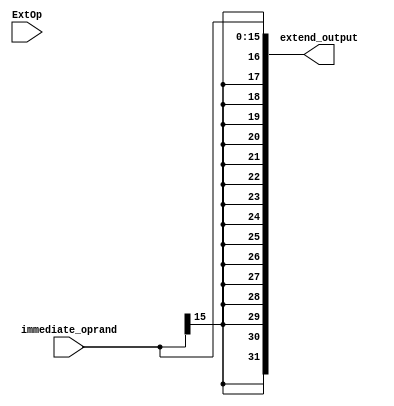
`timescale 1ns / 1ps
//////////////////////////////////////////////////////////////////////////////////
// Company: 
// Engineer: 
// 
// Design Name: 
// Module Name: extender
// Project Name: 
// Target Devices: 
// Tool Versions: 
// Description: 
// 
// Dependencies: 
// 
// Revision:
// Revision 0.01 - File Created
// Additional Comments:
// when teh extop is 1, using the sign to padding 
//////////////////////////////////////////////////////////////////////////////////


// module extender(
//     immediate_oprand,
//     ExtOp,
//     extend_output
//     );
//     input [15:0]immediate_oprand;
//     input ExtOp;
//     wire [31:0]extend_immediate;
//     output [31:0] extend_output;
//     wire padding;
//     assign extend_immediate[15:0]=immediate_oprand;
//     assign extend_immediate[31:16]={16{padding}};
// and_gate and1(immediate_oprand[15],ExtOp,padding);
// alu_sll add_four(.a(extend_immediate),.b(32'h4),.out(extend_output));
// endmodule

module extender(
    immediate_oprand,
    ExtOp,
    extend_output
    );
    input [15:0]immediate_oprand;
    input ExtOp;
    // wire [31:0]extend_immediate;
    output [31:0] extend_output;
    wire padding;
    assign extend_output[15:0]=immediate_oprand;
    assign extend_output[31:16]={16{immediate_oprand[15]}};
endmodule